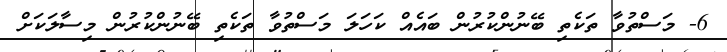
6- މަސްތުވާ ތަކެތި ބޭނުންކުރުން ބައެއް ކަހަލަ މަސްތުވާ ތަކެތި ބޭނުންކުރުން މިސާލަކަށް